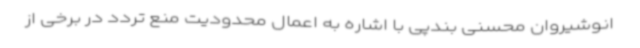
انوشیروان محسنی بندپی با اشاره به اعمال محدودیت منع تردد در برخی از